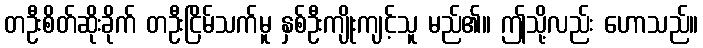
တဦးစိတ်ဆိုးခိုက် တဦးငြိမ်သက်မူ နှစ်ဦးကျိုးကျင့်သူ မည်၏။ ဤသို့လည်း ဟောသည်။